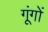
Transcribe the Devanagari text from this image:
गूंगों